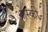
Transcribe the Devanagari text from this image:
ओस्की